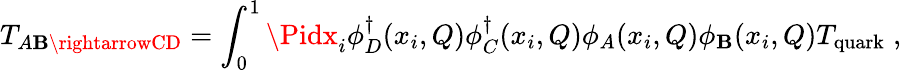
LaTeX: T_{A\mathbf{B}\rightarrowCD}=\int_{0}^{1}\Pidx_{i}\phi_{D}^{\dagger}(x_{i},Q)\phi_{C}^{\dagger}(x_{i},Q)\phi_{A}(x_{i},Q)\phi_{\mathbf{B}}(x_{i},Q)T_{\mathrm{{quark}}}\; ,